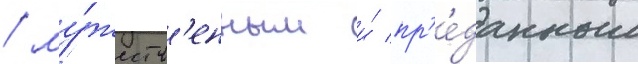
/ му́жеств'енным и́ пр'е́данным